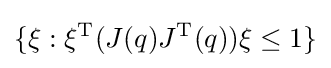
\{\xi :\xi ^{\operatorname {T} }(J(q)J^{\operatorname {T} }(q))\xi \leq 1\}